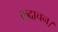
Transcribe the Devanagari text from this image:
कदाचन।